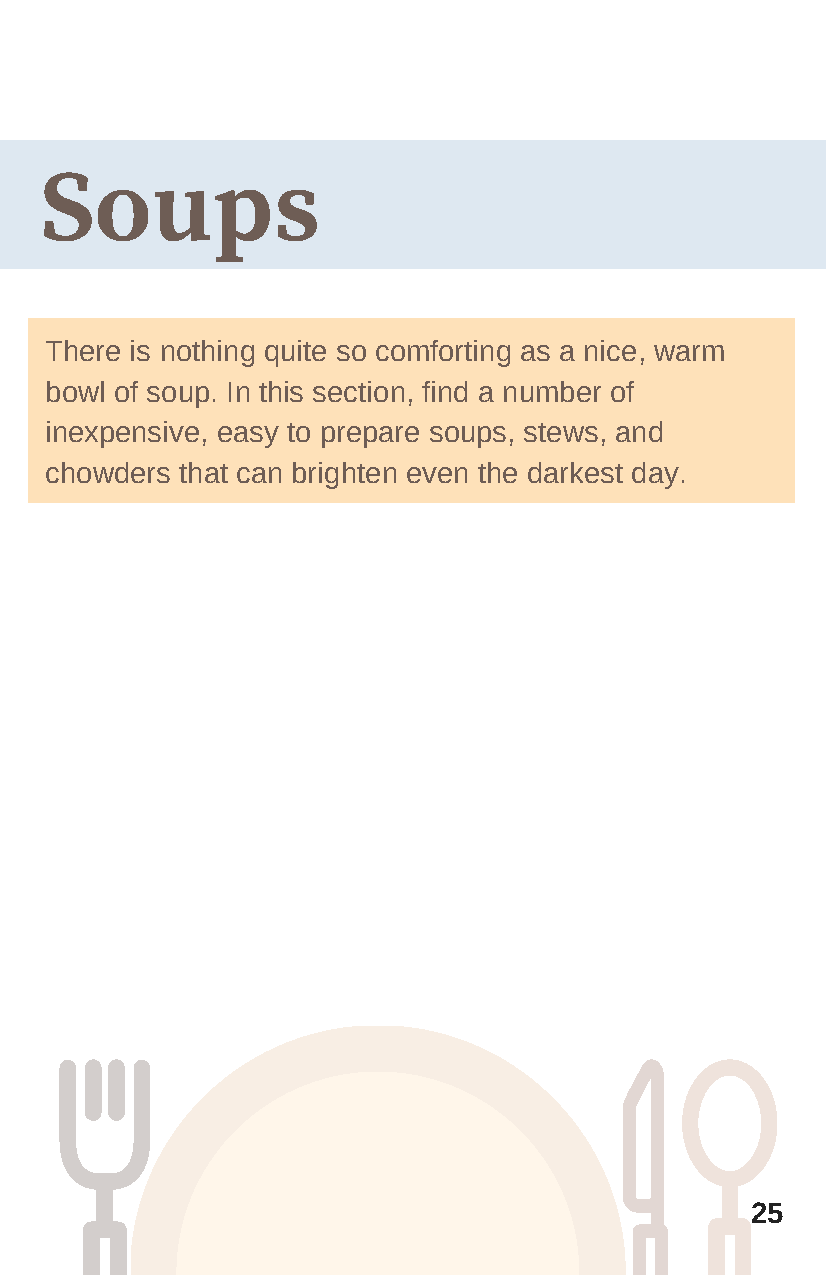
Soups
 There is nothing quite so comforting as a nice, warm
 bowl of soup. In this section, find a number of
 inexpensive, easy to prepare soups, stews, and
 chowders that can brighten even the darkest day.
 25